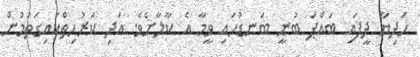
ހަދިޔާ ދީފައި ބައްޕަ ބުނީ ބަނޑުހައި ވީމާ އެ ކާލާށެވެ. އަދި ކަރުހިތްކައިގަތުމުން